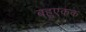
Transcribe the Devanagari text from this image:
बहुएकक